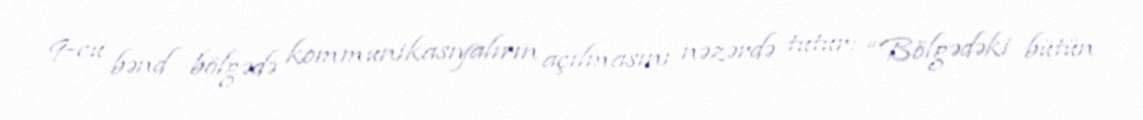
9-cu bənd bölgədə kommunikasıyalırın açılmasını nəzərdə tutur: “Bölgədəki bütün